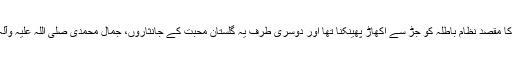
جو نہ صرف نظام باطلہ کے خلاف ایک کھلی جنگ تھا بلکہ جس کا مقصد نظامِ باطلہ کو جڑ سے اکھاڑ پھینکنا تھا اور دوسری طرف یہ گلستانِ محبت کے جانثاروں، جمال محمدی صلی اللہ علیہ وآلہ وسلم کے پر ستاروں کی پر رشک ایمانی اداؤں کا تذکرہ بھی ہے۔